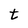
Character: t